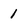
Character: 1